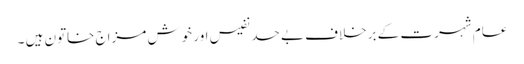
عام شہرت کے برخلاف بے حد نفیس اور خوش مزاج خاتون ہیں ۔